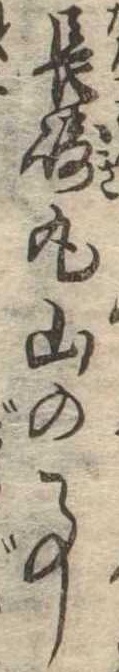
長崎丸山の事